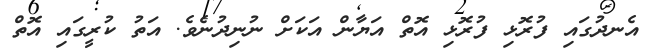
އެނދުގައި ފުރޮޅި ފުރޮޅި އޮތް އަޔާން އަކަށް ނުނިދުނެވެ. އަތު ކުރީގައި އޮތް